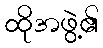
ထိုအဖွဲ့၏